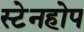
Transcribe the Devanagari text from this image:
स्टेनहोप